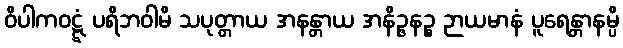
ဝိပါကဝဋ္ဋံ ပရိဘဝါမိ သပုတ္တာယ အနန္တာယ အနိဉ္ဇနဉ္စ ဉာယမာနံ ပူရေန္တာနမ္ပိ